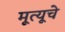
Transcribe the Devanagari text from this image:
मूत्यूचे